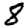
Digit: 8